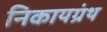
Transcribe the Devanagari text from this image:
निकायग्रंथ